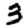
Digit: 3